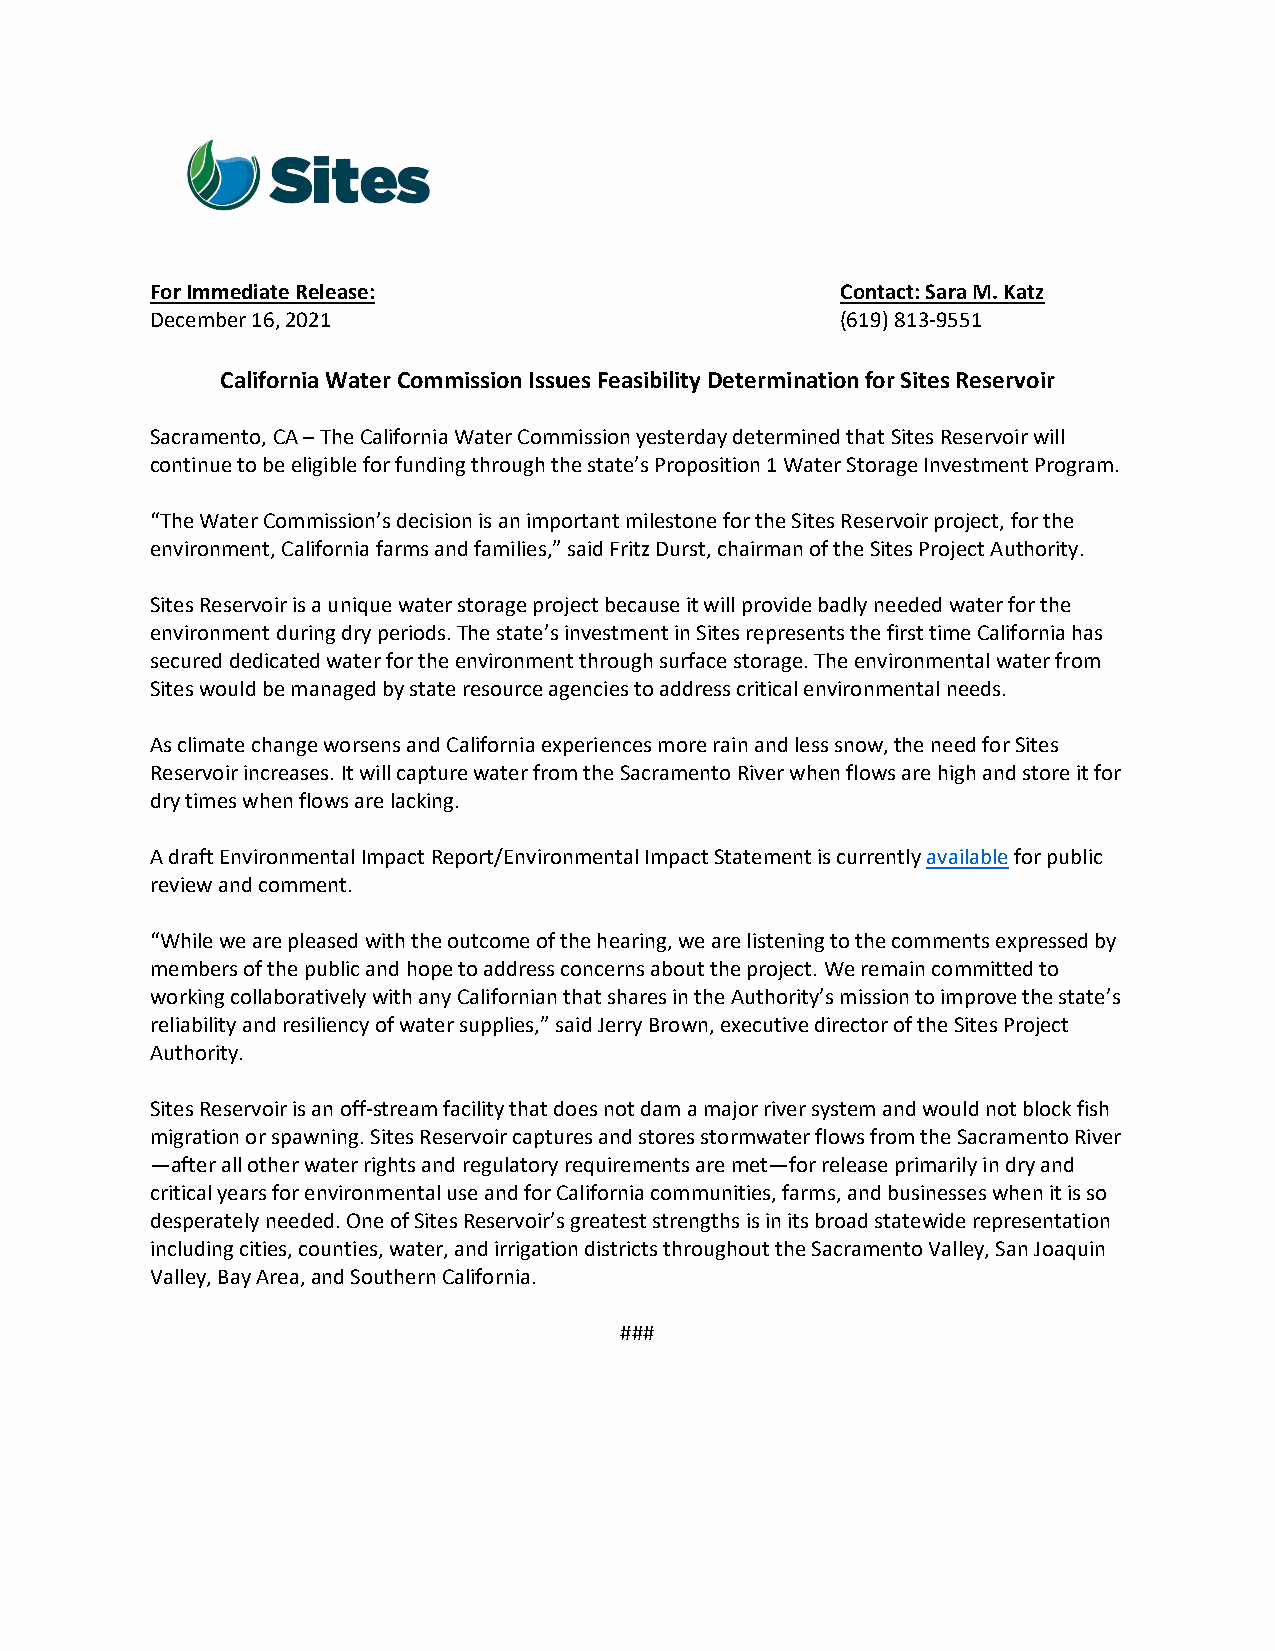
For Immediate Release:                        Contact: Sara M. Katz
 December 16, 2021                             (619) 813-9551
 California Water Commission Issues Feasibility Determination for Sites Reservoir
 Sacramento, CA – The California Water Commission yesterday determined that Sites Reservoir will
 continue to be eligible for funding through the state’s Proposition 1 Water Storage Investment Program.
 “The Water Commission’s decision is an important milestone for the Sites Reservoir project, for the
 environment, California farms and families,” said Fritz Durst, chairman of the Sites Project Authority.
 Sites Reservoir is a unique water storage project because it will provide badly needed water for the
 environment during dry periods. The state’s investment in Sites represents the first time California has
 secured dedicated water for the environment through surface storage. The environmental water from
 Sites would be managed by state resource agencies to address critical environmental needs.
 As climate change worsens and California experiences more rain and less snow, the need for Sites
 Reservoir increases. It will capture water from the Sacramento River when flows are high and store it for
 dry times when flows are lacking.
 A draft Environmental Impact Report/Environmental Impact Statement is currently available for public
 review and comment.
 “While we are pleased with the outcome of the hearing, we are listening to the comments expressed by
 members of the public and hope to address concerns about the project. We remain committed to
 working collaboratively with any Californian that shares in the Authority’s mission to improve the state’s
 reliability and resiliency of water supplies,” said Jerry Brown, executive director of the Sites Project
 Authority.
 Sites Reservoir is an off-stream facility that does not dam a major river system and would not block fish
 migration or spawning. Sites Reservoir captures and stores stormwater flows from the Sacramento River
 —after all other water rights and regulatory requirements are met—for release primarily in dry and
 critical years for environmental use and for California communities, farms, and businesses when it is so
 desperately needed. One of Sites Reservoir’s greatest strengths is in its broad statewide representation
 including cities, counties, water, and irrigation districts throughout the Sacramento Valley, San Joaquin
 Valley, Bay Area, and Southern California.
 ###